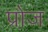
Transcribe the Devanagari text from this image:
प्रोज